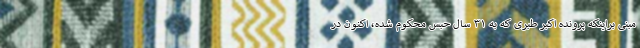
مبنی براینکه پرونده اکبر طبری که به ۳۱ سال حبس محکوم شده، اکنون در